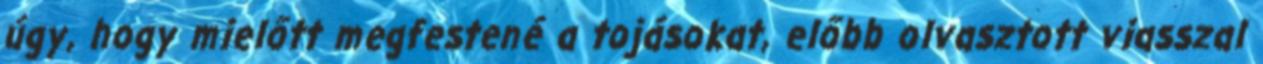
úgy, hogy mielőtt megfestené a tojásokat, előbb olvasztott viasszal